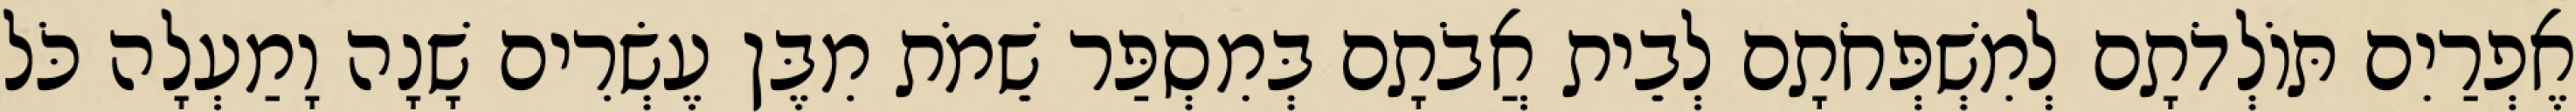
אֶפְרַיִם תּוֹלְדֹתָם לְמִשְׁפְּחֹתָם לְבֵית אֲבֹתָם בְּמִסְפַּר שֵׁמֹת מִבֶּן עֶשְׂרִים שָׁנָה וָמַעְלָה כֹּל